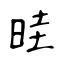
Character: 晆